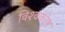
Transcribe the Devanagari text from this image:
विश्‍वकोष